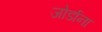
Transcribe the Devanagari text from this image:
जोर्डाना